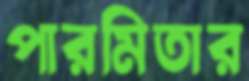
পারমিতার